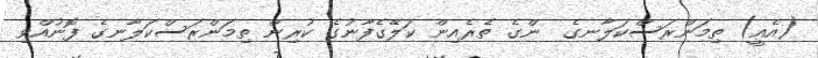
(އެއީ) ތިމަންރަސްކަލާނގެ  ންގެ ތެރެއިން ކަލޭގެފާނުގެ ކުރިން ތިމަންރަސްކަލާނގެ ފޮނުއްވި